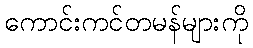
ကောင်းကင်တမန်များကို